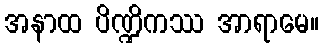
အနာထ ပိဏ္ဍိကဿ အာရာမေ။